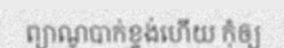
ព្យាណូបាក់ខ្ទង់ហើយ កុំឲ្យ